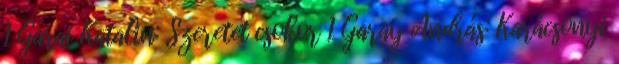
1 Garai Katalin: Szeretet csokor 1 Garay András: Karácsonyi